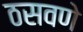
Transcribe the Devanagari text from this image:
ठसवणे